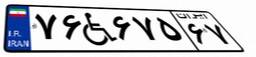
۷۶W۶۷۵۶۷